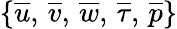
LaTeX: \left\{ \overline{{u}},\, \overline{{v}},\, \overline{{w}},\, \overline{{\tau}},\, \overline{{p}}\right\rbrace